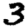
Digit: 3